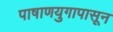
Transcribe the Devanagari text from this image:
पाषाणयुगापासून